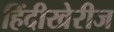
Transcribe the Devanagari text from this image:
हिंदीखेरीज